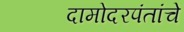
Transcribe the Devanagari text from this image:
दामोदरपंतांचे